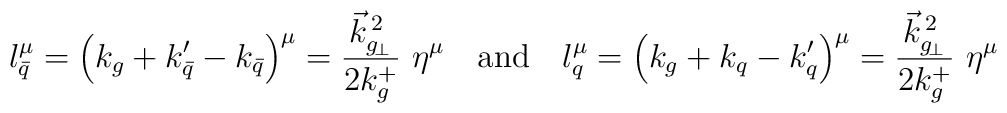
l_{\bar q} ^\mu = \left(k_g + k_{\bar q}^\prime        - k_{\bar q}\right) ^\mu       = {\vec k _{g_{\!\perp}} ^{\,2}\over  2k_g^+}\ \eta ^\mu       \quad{\rm and}\quad       l^\mu_q = \left(k_g + k_q - k_q^\prime\right) ^\mu       = {\vec k _{g_{\!\perp}} ^{\,2}\over  2k_g^+}\ \eta ^\mu